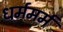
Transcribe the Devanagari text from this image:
धर्ममर्म